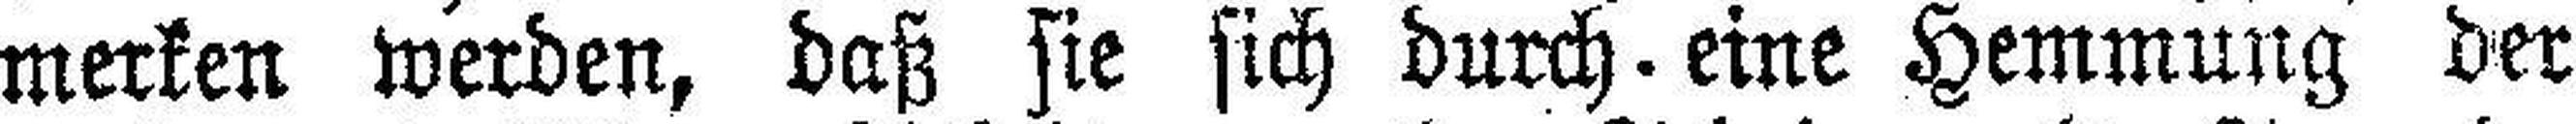
merken werden, daß sie sich durch eine Hemmung der